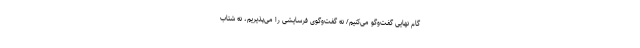
گام نهایی گفت‌وگو می‌کنیم/ نه گفت‌وگوی فرسایشی را می‌پذیریم، نه شتاب